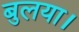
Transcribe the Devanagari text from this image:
बुलया।